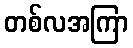
တစ်လအကြာ